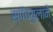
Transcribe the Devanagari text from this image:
स्पॅच्युलाने